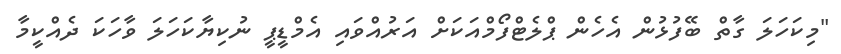
"މިކަހަލަ ގާތް ބޭފުޅުން އެހެން ޕްލެޓްފޯމްއަކަށް އަރުއްވައި އެމްޑީޕީ ނުކިޔާކަހަލަ ވާހަކަ ދެއްކީމާ